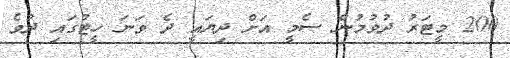
200 މީޓަރު ދުވުމުން ސެމީ އަށް ދިޔައީ ދެ ވަނަ ހީޓުގައި ދުވެ